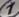
Text: 1